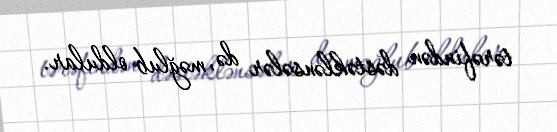
tərəfindən dəstəklənsələr də, məğlub oldular.